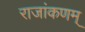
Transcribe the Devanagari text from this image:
राजांकणम्